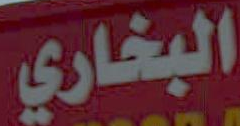
البخاري